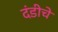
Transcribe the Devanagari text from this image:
दंडीचे